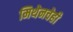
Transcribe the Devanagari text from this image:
मिथेनचेही